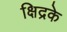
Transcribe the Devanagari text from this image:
क्षिद्रके